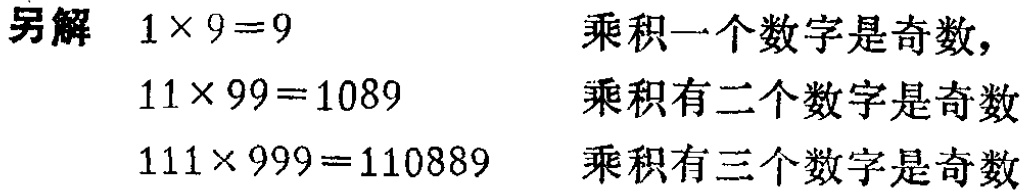
另解 \(1\times 9 = 9\)  乘积一个数字是奇数，

\(11\times 99 = 1089\)  乘积有二个数字是奇数

\(111\times 999 = 110889\)  乘积有三个数字是奇数